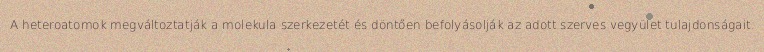
A heteroatomok megváltoztatják a molekula szerkezetét és döntően befolyásolják az adott szerves vegyület tulajdonságait.